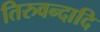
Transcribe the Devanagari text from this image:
तिरुवन्दादि